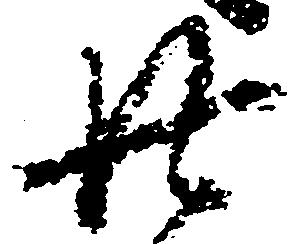
廿